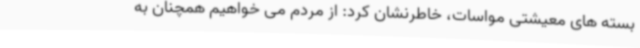
بسته های معیشتی مواسات، خاطرنشان کرد: از مردم می خواهیم همچنان به